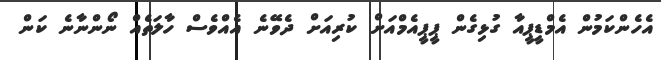
އެހެންކަމުން އެމްޑީޕީއާ ގުޅިގެން ޕީޕީއެމްއަށް ކުރިއަށް ދެވޭނެ އެއްވެސް ހާލަތެއް ނޯންނާނެ ކަން